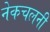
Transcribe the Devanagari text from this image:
नेकचलनी